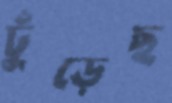
ঢুঁড়েছ